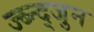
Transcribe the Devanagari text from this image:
ज्ब्न्द्जुन